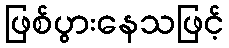
ဖြစ်ပွားနေသဖြင့်